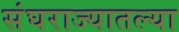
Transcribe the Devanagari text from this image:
संघराज्यातल्या